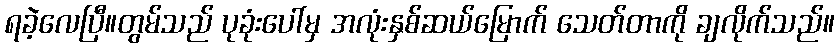
ရခဲ့လေပြီ။တွမ်သည် ပုခုံးပေါ်မှ အလုံးနှစ်ဆယ်မြောက် သေတ်တာကို ချလိုက်သည်။